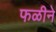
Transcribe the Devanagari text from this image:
फळीने